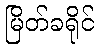
မြိတ်ခရိုင်